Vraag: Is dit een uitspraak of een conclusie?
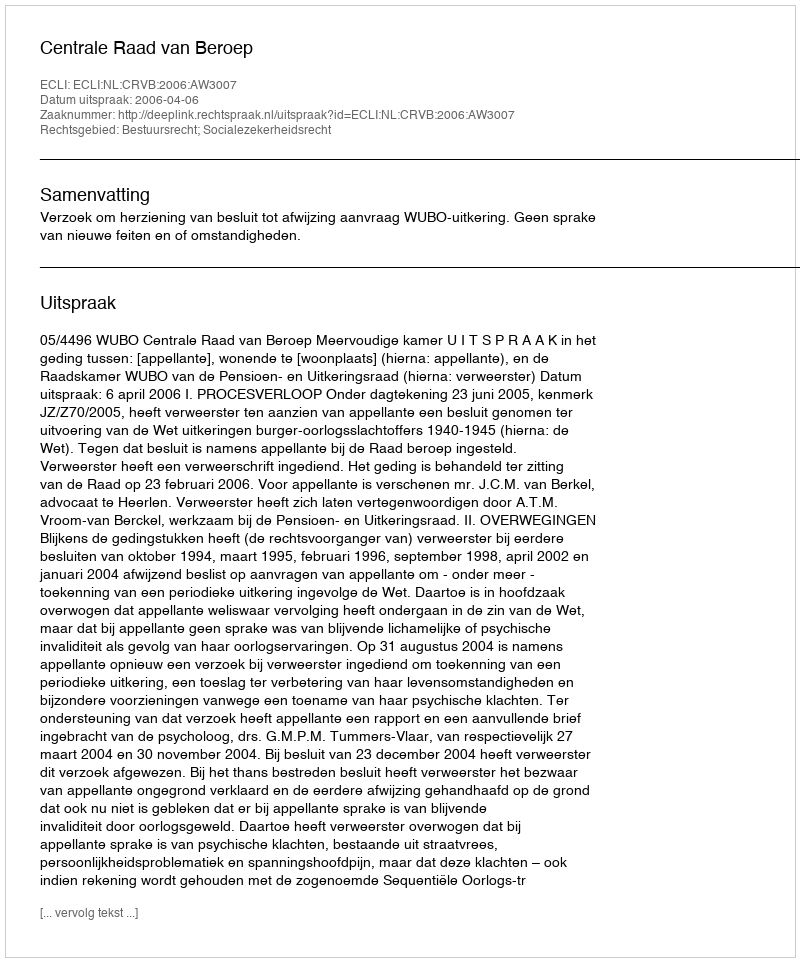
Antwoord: Uitspraak